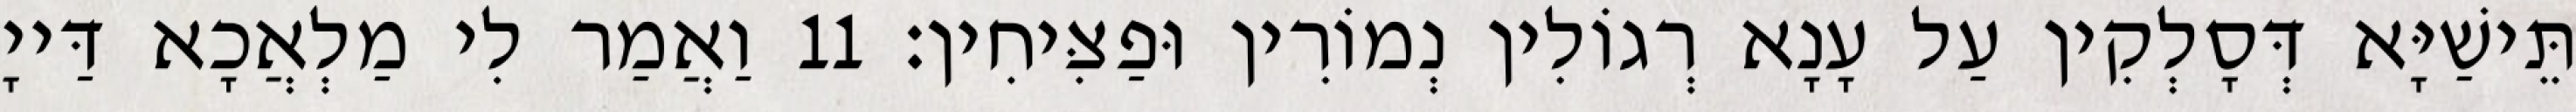
תֵּישַׁיָּא דְּסָלְקִין עַל עָנָא רְגוֹלִין נְמוֹרִין וּפַצִּיחִין׃ 11 וַאֲמַר לִי מַלְאֲכָא דַּייָ